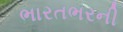
ભારતભરની